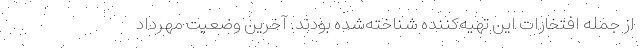
از جمله افتخارات این تهیه‌کننده شناخته‌شده بودند. آخرین وضعیت مهرداد